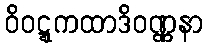
ဝိဝဋ္ဋကထာဒိဝဏ္ဏနာ